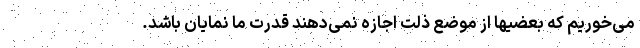
می‌خوریم که بعضیها از موضع ذلت اجازه نمی‌دهند قدرت ما نمایان باشد.